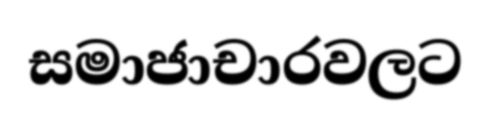
සමාජාචාරවලට